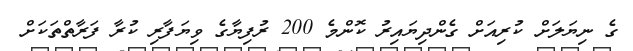
ގެ ނިޔަލަށް ކުރިއަށް ގެންދިޔައިރު ކޮންމެ 200 ރުފިޔާގެ ވިޔަފާރި ކުރާ ފަރާތްތަކަށް